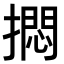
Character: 𪮰